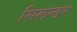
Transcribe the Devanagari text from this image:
सिलन्डर